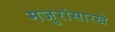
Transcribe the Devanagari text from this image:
मजुरांसारखे